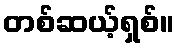
တစ်ဆယ့်ရှစ်။